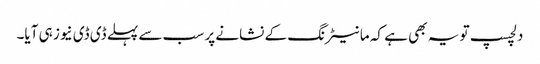
دلچسپ تو یہ بھی ہے کہ مانیٹرنگ کے نشانے پر سب سے پہلے ڈی ڈی نیوز ہی آیا۔